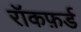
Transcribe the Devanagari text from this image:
रॉकफ़र्ड